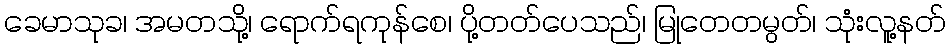
ခေမာသုခ၊ အမတသို့၊ ရောက်ရကုန်စေ၊ ပို့တတ်ပေသည်၊ မြုတေတမွတ်၊ သုံးလူ့နတ်